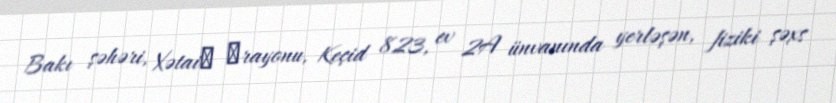
Bakı şəhəri, Xətai‎ ‎rayonu, Keçid 823, ev 2A ünvanında yerləşən, fiziki şəxs